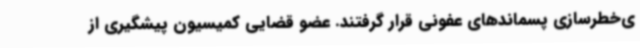
ی‌خطرسازی پسماندهای عفونی قرار گرفتند. عضو قضایی کمیسیون پیشگیری از